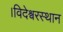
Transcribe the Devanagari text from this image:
।विदेश्वरस्थान